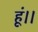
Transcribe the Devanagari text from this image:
हूं।।